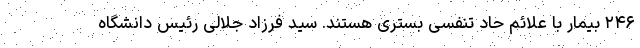
۲۴۶ بیمار با علائم حاد تنفسی بستری هستند. سید فرزاد جلالی رئیس دانشگاه